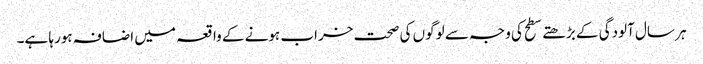
ہر سال آلودگی کے بڑھتے سطح کی وجہ سے لوگوں کی صحت خراب ہونے کے واقعہ میں اضافہ ہورہا ہے۔